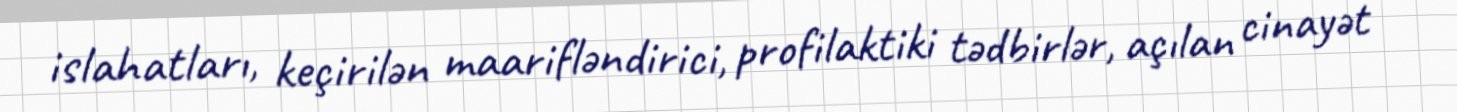
islahatları, keçirilən maarifləndirici, profilaktiki tədbirlər, açılan cinayət